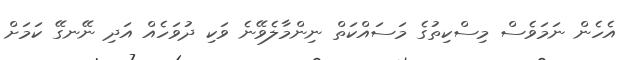
އެހެން ނަމަވެސް މިސްކިތުގެ މަސައްކަތް ނިންމާލެވޭނެ ވަކި ދުވަހެއް އަަދި ނޭނގޭ ކަމަށް